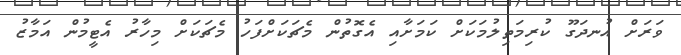
ވަރަށް އުނދަގޫ ކުރިމަތިލުމަކަށް ކަމަށާއި އެގޮތުން މެޗަކަށްފަހު މެޗަކަށް މިހާރު އެޓީމުން އަމާޒު